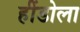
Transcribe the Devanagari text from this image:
हींडोला